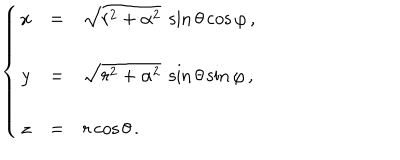
\left\{ \begin{array} { c c l } { { x } } & { { = } } & { { \sqrt { r ^ { 2 } + \alpha ^ { 2 } } \ \sin { \theta } \cos { \varphi } \, , } } \\ { { } } & { { } } & { { } } \\ { { y } } & { { = } } & { { \sqrt { r ^ { 2 } + \alpha ^ { 2 } } \ \sin { \theta } \sin { \varphi } \, , } } \\ { { } } & { { } } & { { } } \\ { { z } } & { { = } } & { { r \cos { \theta } \, . } } \\ \end{array} \right.